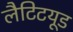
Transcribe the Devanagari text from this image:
लैटिटयूड